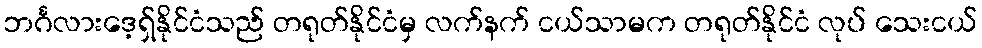
ဘင်္ဂလားဒေ့ရှ်နိုင်ငံသည် တရုတ်နိုင်ငံမှ လက်နက် ငယ်သာမက တရုတ်နိုင်ငံ လုပ် သေးငယ်